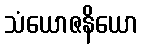
သံယောဇနိယော